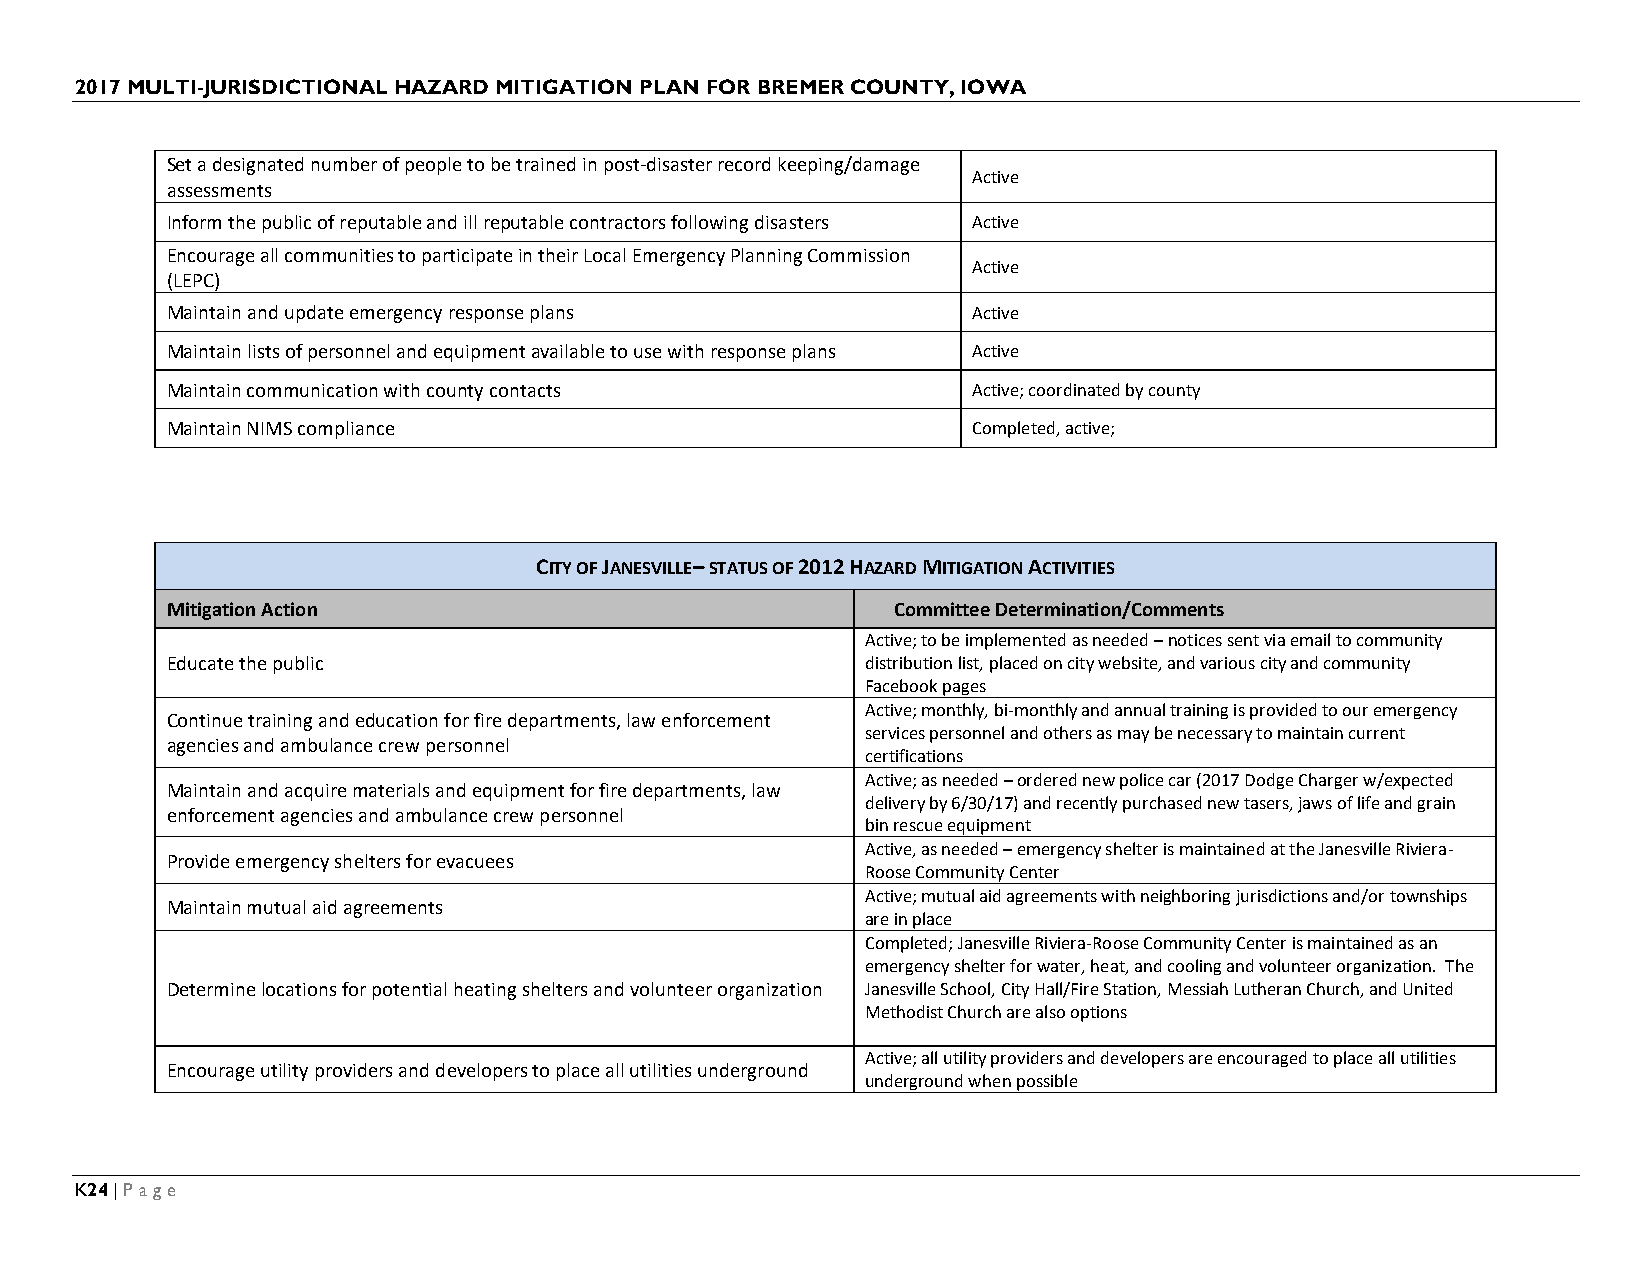
2017 MULTI-JURISDICTIONAL HAZARD MITIGATION PLAN FOR BREMER COUNTY, IOWA
 Set a designated number of people to be trained in post-disaster record keeping/damage
 Active
 assessments
 Inform the public of reputable and ill reputable contractors following disasters Active
 Encourage all communities to participate in their Local Emergency Planning Commission
 Active
 (LEPC)
 Maintain and update emergency response plans         Active
 Maintain lists of personnel and equipment available to use with response plans Active
 Maintain communication with county contacts          Active; coordinated by county
 Maintain NIMS compliance                             Completed, active;
 CITY OF JANESVILLE– STATUS OF 2012 HAZARD MITIGATION ACTIVITIES
 Mitigation Action                               Committee Determination/Comments
 Active; to be implemented as needed – notices sent via email to community
 Educate the public                            distribution list, placed on city website, and various city and community
 Facebook pages
 Active; monthly, bi-monthly and annual training is provided to our emergency
 Continue training and education for fire departments, law enforcement
 services personnel and others as may be necessary to maintain current
 agencies and ambulance crew personnel
 certifications
 Active; as needed – ordered new police car (2017 Dodge Charger w/expected
 Maintain and acquire materials and equipment for fire departments, law
 delivery by 6/30/17) and recently purchased new tasers, jaws of life and grain
 enforcement agencies and ambulance crew personnel
 bin rescue equipment
 Active, as needed – emergency shelter is maintained at the Janesville Riviera-
 Provide emergency shelters for evacuees
 Roose Community Center
 Active; mutual aid agreements with neighboring jurisdictions and/or townships
 Maintain mutual aid agreements
 are in place
 Completed; Janesville Riviera-Roose Community Center is maintained as an
 emergency shelter for water, heat, and cooling and volunteer organization. The
 Determine locations for potential heating shelters and volunteer organization Janesville School, City Hall/Fire Station, Messiah Lutheran Church, and United
 Methodist Church are also options
 Active; all utility providers and developers are encouraged to place all utilities
 Encourage utility providers and developers to place all utilities underground
 underground when possible
 K24 | Page